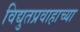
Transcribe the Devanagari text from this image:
विद्युतप्रवाहाच्या